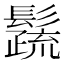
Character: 𩯕